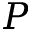
P